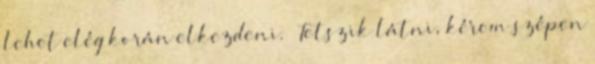
lehet elég korán elkezdeni. – Tetszik látni, kérem szépen